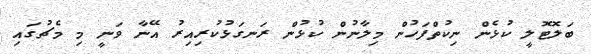
ބަލޮޓޮލީ ކުޅެން ނިކުތްފަހުން މިލާނުން ކުޅުން ރަނގަޅުކުރިއިރު އޭނާ ވަނީ މި މެޗުގައި